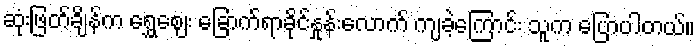
ဆုံးဖြတ်ချိန်က ရွှေဈေး ခြောက်ရာခိုင်နှုန်းလောက် ကျခဲ့ကြောင်း သူက ပြောပါတယ်။